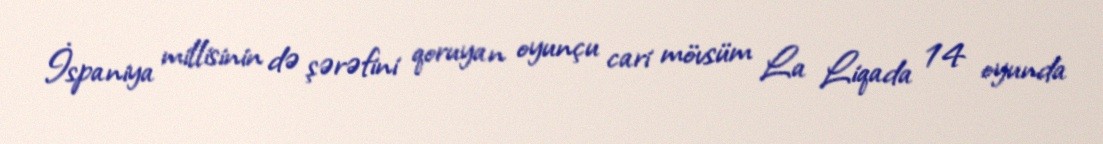
İspaniya millisinin də şərəfini qoruyan oyunçu cari mövsüm La Liqada 14 oyunda